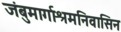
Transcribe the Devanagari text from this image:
जंबुमार्गाश्रमनिवासिन